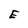
Character: E